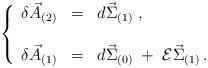
LaTeX: \begin{align*}\left\{\begin{array}{rcl}\delta\vec{A}_{(2)} &=& d\vec{\Sigma}_{(1)} \; , \\ & & \\\delta\vec{A}_{(1)} &=& d\vec{\Sigma}_{(0)} \;+\; {\cal E}\vec{\Sigma}_{(1)} \, .\end{array}\right.\end{align*}